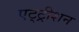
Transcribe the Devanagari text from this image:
एट्ट्रीशन